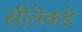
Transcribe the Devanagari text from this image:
सीतेकडे